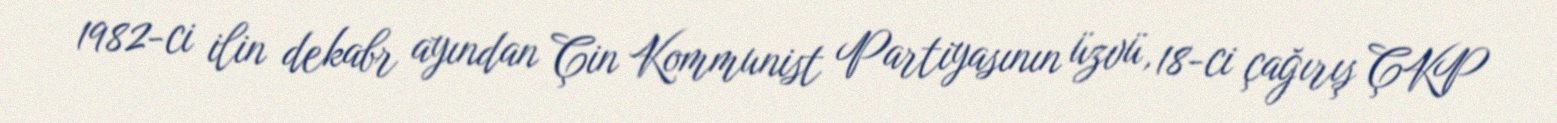
1982-ci ilin dekabr ayından Çin Kommunist Partiyasının üzvü, 18-ci çağırış ÇKP